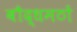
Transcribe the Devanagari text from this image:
बौद्धमठों